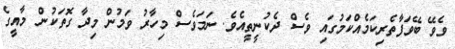
ވެވޭ ބޭވަފާތެރިކަމެއްކަމުގައި ވެސް ދެކުނީތީއެވެ. ނަމަވެސް މިހާރު ވަމުން މިދާ ގޮތަކުން މާއީގެ